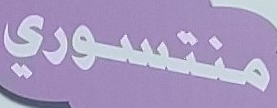
منتسوري